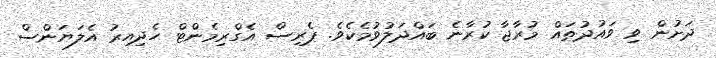
ދަށުން ވި ވައުދުތައް މުރާޖާ ކުރާނެ ބައްދަލުވުމެކެވެ. ޕެރިސް އެގްރިމެންޓް ހެދިއިރު އެލަޔަންސް